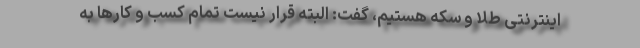
اینترنتی طلا و سکه هستیم، گفت: البته قرار نیست تمام کسب و کارها به